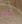
أدر